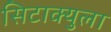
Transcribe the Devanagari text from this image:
सिटाक्युला